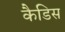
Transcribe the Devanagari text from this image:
कैडिस